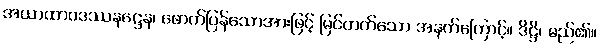
အယာထာဝဒဿနဋ္ဌေန၊ ဖောက်ပြန်သောအားဖြင့် မြင်တတ်သော အနက်ကြောင့်။ ဒိဋ္ဌိ၊ မည်၏။